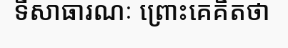
ទីសាធារណៈ ព្រោះគេគិតថា